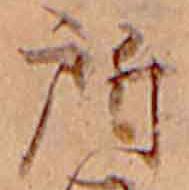
所